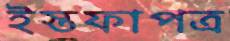
ইস্তফাপত্র